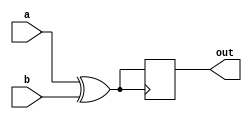
module XOR_Gate_Delay (
    input wire a,
    input wire b,
    output reg out
);

// XOR gate logic
assign xor_out = a ^ b;

// Delay element
always @ (posedge xor_out) begin
    #10; // Delay of 10 time units
    out <= xor_out;
end

endmodule